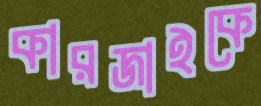
কারজাইকে